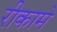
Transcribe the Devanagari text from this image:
रीकामे